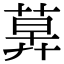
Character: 𦳕